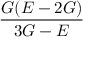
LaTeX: \frac { G ( E - 2 G ) } { 3 G - E }